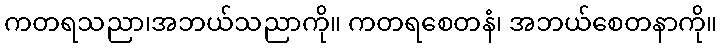
ကတရသညာ၊အဘယ်သညာကို။ ကတရစေတနံ၊ အဘယ်စေတနာကို။